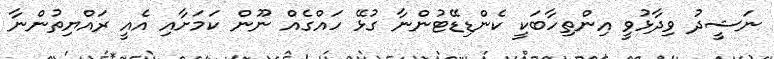
ނަޝީދު ވިދާޅުވީ އިންތިހާބަކީ ކެންޑިޑޭޓުންނާ ގުޅޭ ހައްގެއް ނޫން ކަމަށާއި އެއީ ރައްޔިތުންނާ